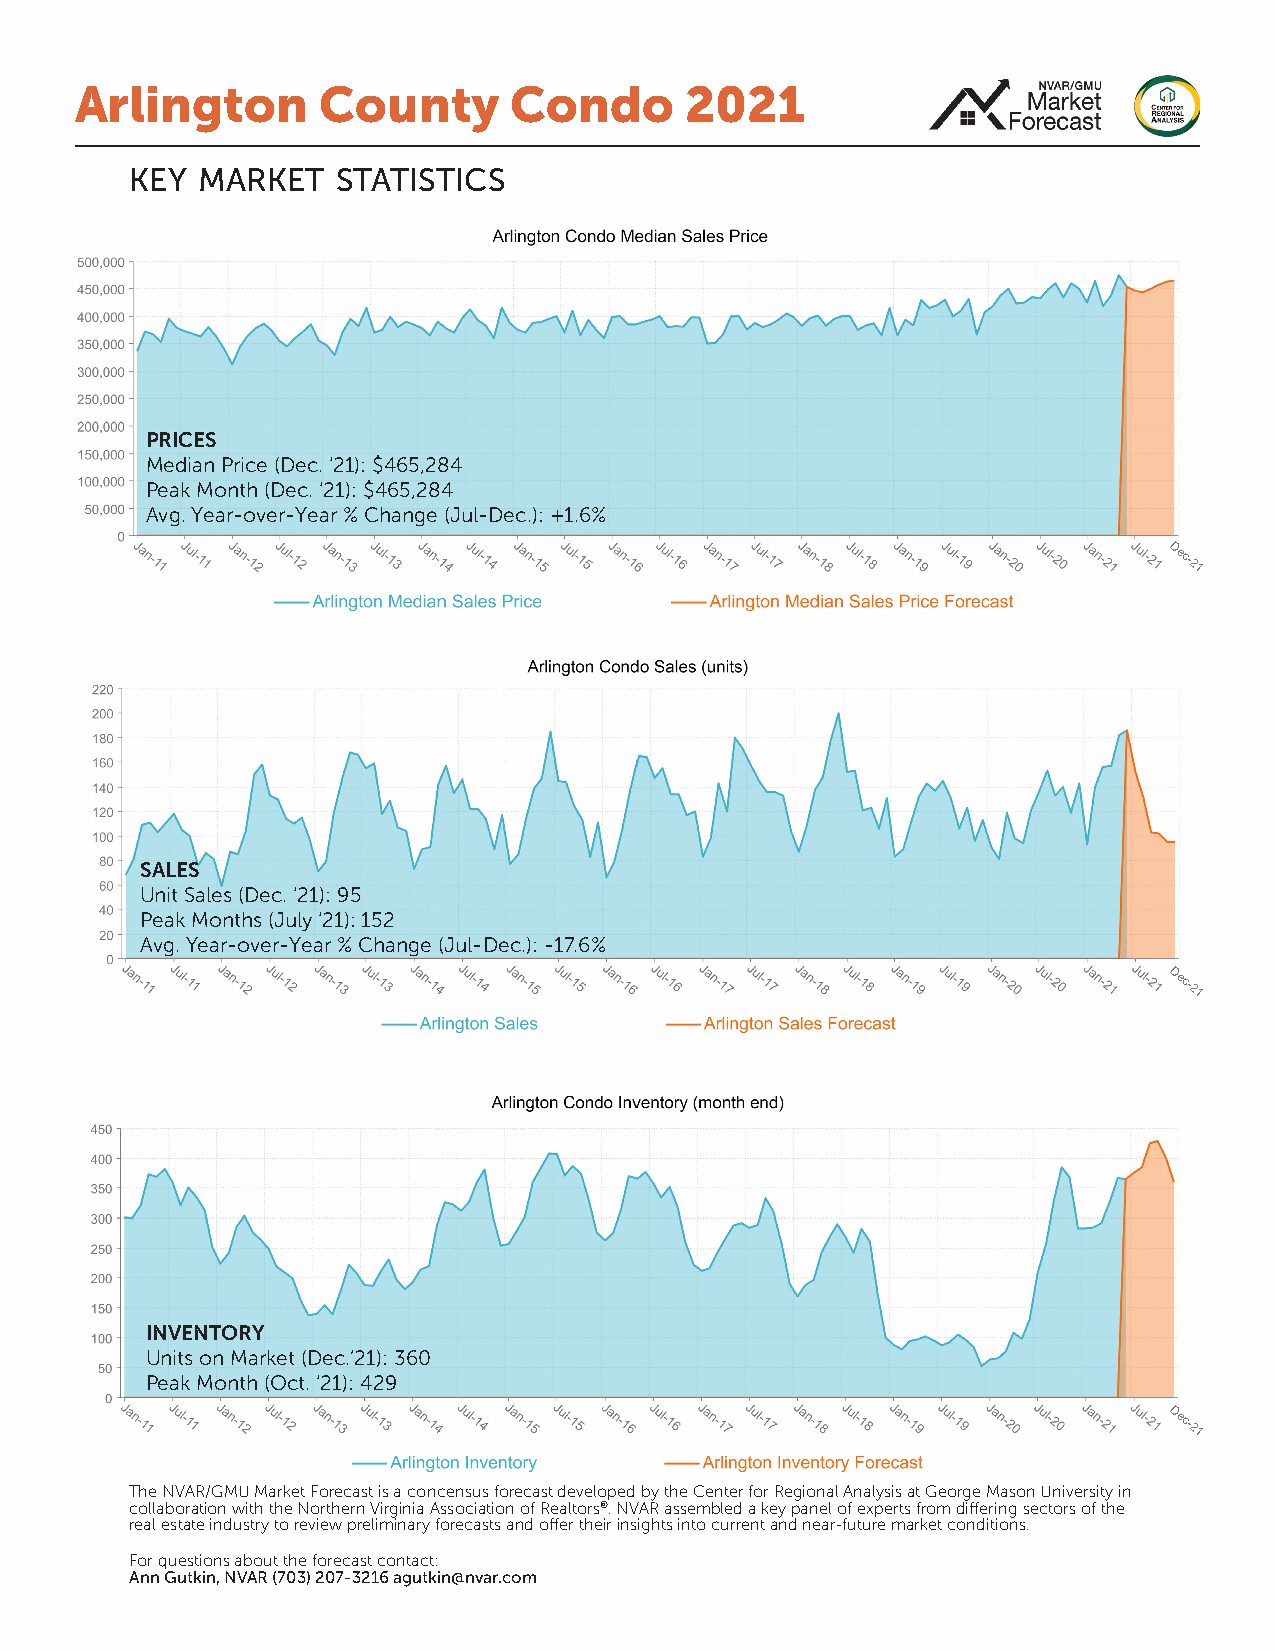
Arlington       County       Condo      2021
 key market   statistics
 PRICES
 Median Price (Dec. ‘21): $465,284
 Peak Month (Dec. ‘21): $465,284
 Avg. Year-over-Year % Change (Jul-Dec.): +1.6%
 Dec-21
 SALES
 Unit Sales (Dec. ‘21): 95
 Peak Months (July ‘21): 152
 Avg. Year-over-Year % Change (Jul-Dec.): -17.6%
 Dec-21
 INVENTORY
 Units on Market (Dec.’21): 360
 Peak Month (Oct. ‘21): 429
 Dec-21
 The NVAR/GMU Market Forecast is a concensus forecast developed by the Center for Regional Analysis at George Mason University in
 collaboration with the Northern Virginia Association of Realtors®. NVAR assembled a key panel of experts from differing sectors of the
 real estate industry to review preliminary forecasts and offer their insights into current and near-future market conditions.
 For questions about the forecast contact:
 Ann Gutkin, NVAR (703) 207-3216 agutkin@nvar.com